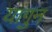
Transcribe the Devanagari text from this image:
यांगुन